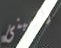
المبنى